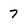
Character: 7